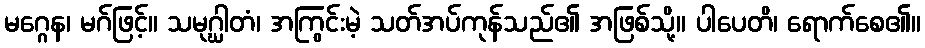
မဂ္ဂေန၊ မဂ်ဖြင့်။ သမုဂ္ဃါတံ၊ အကြွင်းမဲ့ သတ်အပ်ကုန်သည်၏ အဖြစ်သို့။ ပါပေတိ၊ ရောက်စေ၏။